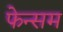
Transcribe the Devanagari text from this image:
फेन्सम